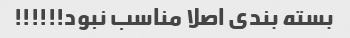
بسته بندی اصلا مناسب نبود!!!!!!